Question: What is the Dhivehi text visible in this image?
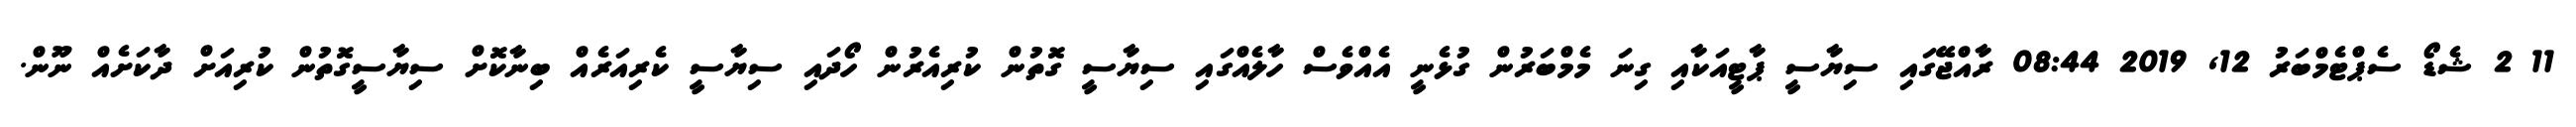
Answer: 11 2 ޝެޑޯ ސެޕްޓެމްބަރު 12, 2019 08:44 ރާއްޖޭގައި ސިޔާސީ ޕާޓީއަކާއި ގިނަ މެމްބަރުން ގުޅެނީ އެއްވެސް ހާލެއްގައި ސިޔާސީ ގޮތުން ކުރިއެރުން ހޯދައި ސިޔާސީ ކެރިއަރެއް ބިނާކޮށް ސިޔާސީގޮތުން ކުރިއަށް ދާކަށެއް ނޫން.